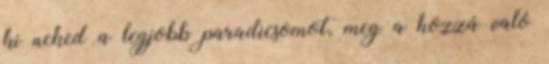
ki neked a legjobb paradicsomot, meg a hozzá való